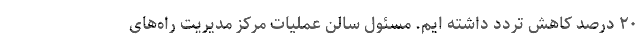
۲۰ درصد کاهش تردد داشته ایم. مسئول سالن عملیات مرکز مدیریت راه‌های